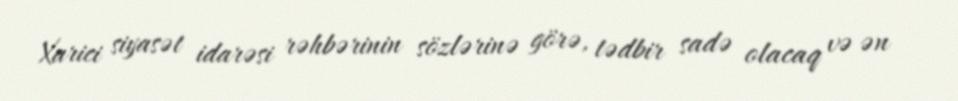
Xarici siyasət idarəsi rəhbərinin sözlərinə görə, tədbir sadə olacaq və ən